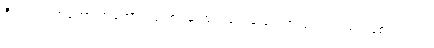
ဒီသတင်းကတော့ အကောင့် ပိုင်ရှင်မှ ထုတ်ဖော်ပြောကြားခဲ့တာလည်း ဖြစ်ပါတယ်။